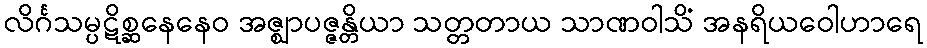
လိင်္ဂသမ္ပဋိစ္ဆနေနေဝ အဇ္ဈာပဇ္ဇန္တိယာ သတ္တတာယ သာဏဝါသိံ အနရိယဝေါဟာရေ